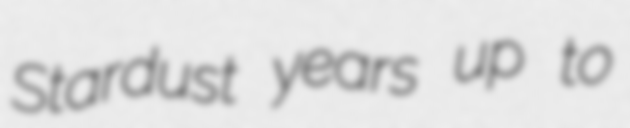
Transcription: Stardust years up to